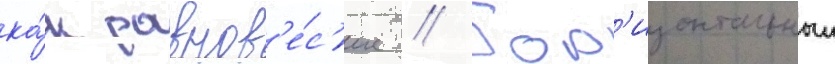
ка́к равнов'е́с'ие // Гор'изонтальныи